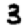
Digit: 3